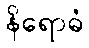
နိရောဓံ